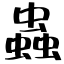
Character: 蟲